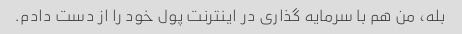
بله، من هم با سرمایه گذاری در اینترنت پول خود را از دست دادم.